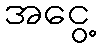
အငွေ့